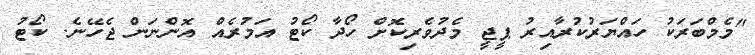
"މެމްބަރަކު ހައްޔަރުކުރާއިރު ޕީޖީ މެދުވެރިކޮށް ހޯދާ ކޯޓު އަމުރެއް އޮންނަން ޖެހޭނެ. ކޯޓު